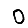
Digit: 0